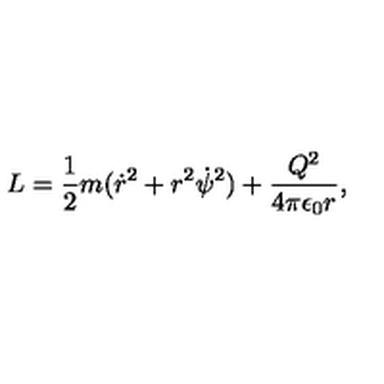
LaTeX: L = { \frac { 1 } { 2 } } m ( { \dot { r } } ^ { 2 } + r ^ { 2 } { \dot { \psi } } ^ { 2 } ) + { \frac { Q ^ { 2 } } { 4 \pi \epsilon _ { 0 } r } } ,